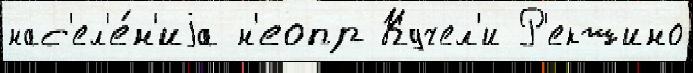
нас'ел'е́н'иjа н'еопр Кучел'и Р'екшино